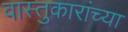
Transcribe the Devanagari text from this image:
वास्तुकारांच्या